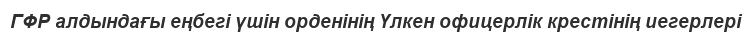
ГФР алдындағы еңбегі үшін орденінің Үлкен офицерлік крестінің иегерлері